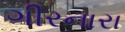
ગીરનારા